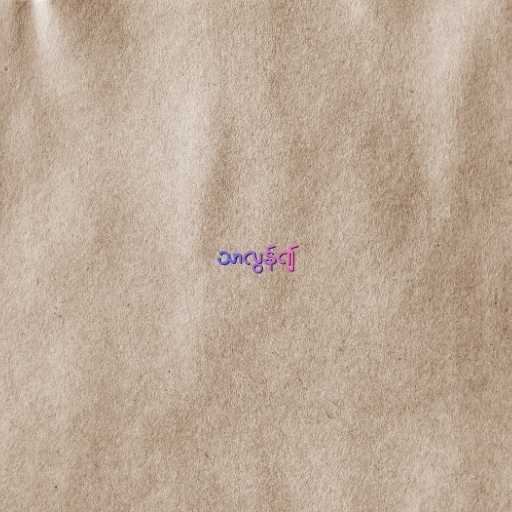
သာလွန်၍